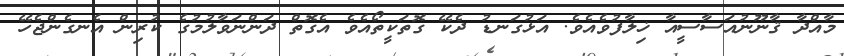
މާއްދާ ޤާނޫނުއަސާސީއާ ޚިލާފުވެއެވެ. އަޅުގަނޑު ދެކޭ ގޮތަކީތޯއެވެ އެގޮތް ދަންނަވާލުމުގެ ކުރިން އެނގެންޖެހޭ